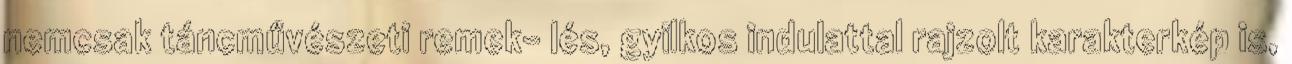
nemcsak táncművészeti remek- lés, gyilkos indulattal rajzolt karakterkép is,